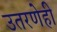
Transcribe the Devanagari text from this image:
उतरणेही